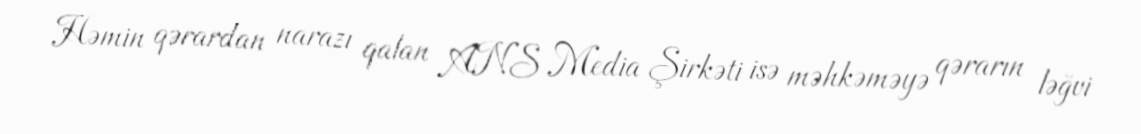
Həmin qərardan narazı qalan ANS Media Şirkəti isə məhkəməyə qərarın ləğvi